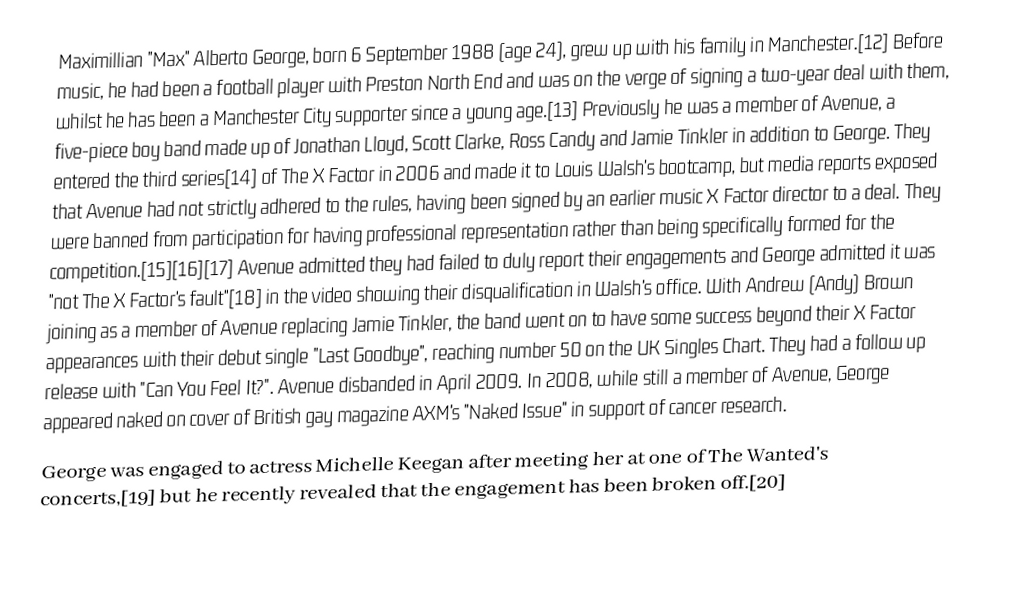
Maximillian "Max" Alberto George, born 6 September 1988 (age 24), grew up with his family in Manchester.[12] Before music, he had been a football player with Preston North End and was on the verge of signing a two-year deal with them, whilst he has been a Manchester City supporter since a young age.[13] Previously he was a member of Avenue, a five-piece boy band made up of Jonathan Lloyd, Scott Clarke, Ross Candy and Jamie Tinkler in addition to George. They entered the third series[14] of The X Factor in 2006 and made it to Louis Walsh's bootcamp, but media reports exposed that Avenue had not strictly adhered to the rules, having been signed by an earlier music X Factor director to a deal. They were banned from participation for having professional representation rather than being specifically formed for the competition.[15][16][17] Avenue admitted they had failed to duly report their engagements and George admitted it was "not The X Factor's fault"[18] in the video showing their disqualification in Walsh's office. With Andrew (Andy) Brown joining as a member of Avenue replacing Jamie Tinkler, the band went on to have some success beyond their X Factor appearances with their debut single "Last Goodbye", reaching number 50 on the UK Singles Chart. They had a follow up release with "Can You Feel It?". Avenue disbanded in April 2009. In 2008, while still a member of Avenue, George appeared naked on cover of British gay magazine AXM's "Naked Issue" in support of cancer research.
George was engaged to actress Michelle Keegan after meeting her at one of The Wanted's concerts,[19] but he recently revealed that the engagement has been broken off.[20]